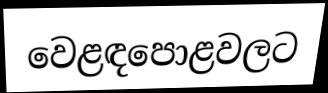
වෙළඳපොළවලට